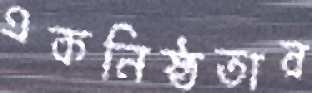
একনিষ্ঠতার